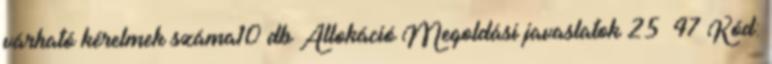
várható kérelmek száma10 db Allokáció Megoldási javaslatok 25 47 Kód: